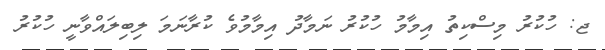
ޖ: ހުކުރު މިސްކިތު އިމާމު ހުކުރު ނަމާދު އިމާމުވެ ކުރާނަމަ ލިބިލައްވާނީ ހުކުރު